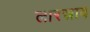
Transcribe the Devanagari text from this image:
लारस्राव